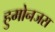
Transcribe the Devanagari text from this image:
हुमोनजस